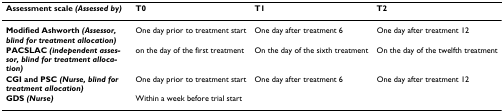
<table><thead><tr><td><b>Assessment scale <i>(Assessed by)</i></b></td><td><b>T0</b></td><td><b>T1</b></td><td><b>T2</b></td></tr></thead><tbody><tr><td><b>Modified Ashworth <i>(Assessor, blind for treatment allocation)</i></b></td><td>One day prior to treatment start</td><td>One day after treatment 6</td><td>One day after treatment 12</td></tr><tr><td><b>PACSLAC <i>(independent assessor, blind for treatment allocation)</i></b></td><td>on the day of the first treatment</td><td>On the day of the sixth treatment</td><td>On the day of the twelfth treatment</td></tr><tr><td><b>CGI and PSC <i>(Nurse, blind for treatment allocation)</i></b></td><td>One day prior to treatment start</td><td>One day after treatment 6</td><td>One day after treatment 12</td></tr><tr><td><b>GDS <i>(Nurse)</i></b></td><td>Within a week before trial start</td><td></td><td></td></tr></tbody></table>